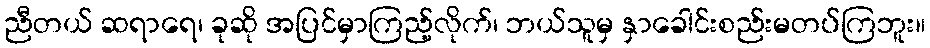
ညီတယ် ဆရာရေ၊ ခုဆို အပြင်မှာကြည့်လိုက်၊ ဘယ်သူမှ နှာခေါင်းစည်းမတပ်ကြဘူး။